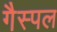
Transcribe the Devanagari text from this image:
गैस्पल